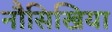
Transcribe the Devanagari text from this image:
नौसिखिया